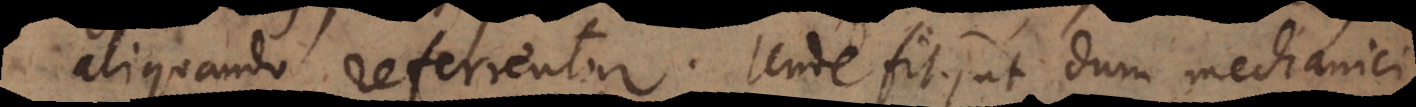
aliquando referrentur. Unde fit, ut dum mechanici